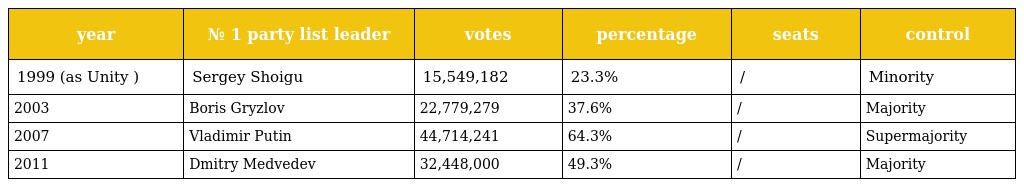
| year | № 1 party list leader | votes | percentage | seats | control |
 | --- | --- | --- | --- | --- | --- |
 | 1999 (as Unity ) | Sergey Shoigu | 15,549,182 | 23.3% | / | Minority |
 | 2003 | Boris Gryzlov | 22,779,279 | 37.6% | / | Majority |
 | 2007 | Vladimir Putin | 44,714,241 | 64.3% | / | Supermajority |
 | 2011 | Dmitry Medvedev | 32,448,000 | 49.3% | / | Majority |